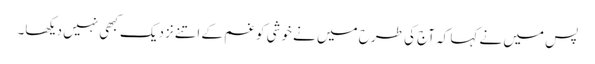
پس میں نے کہا کہ آج کی طرح میں نے خوشی کو غم کے اتنے نزدیک کبھی نہیں دیکھا۔